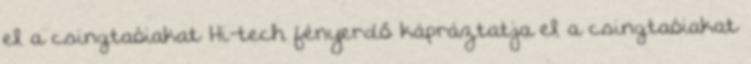
el a csingtaóiakat Hi-tech fényerdő kápráztatja el a csingtaóiakat